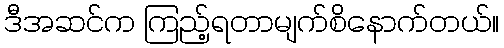
ဒီအဆင်က ကြည့်ရတာမျက်စိနောက်တယ်။